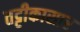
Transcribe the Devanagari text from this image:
तट्टीकासार